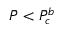
\Bar { P } < \Bar { P } _ { c } ^ { b }